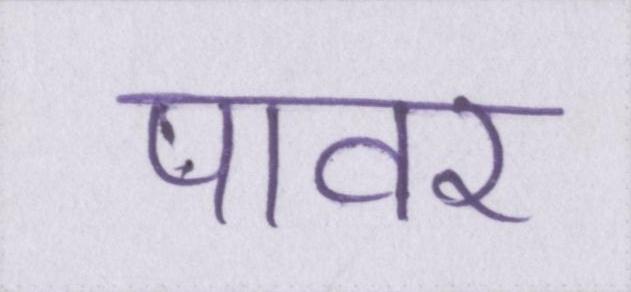
पावर